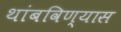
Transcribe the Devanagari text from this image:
थांबविण्यास